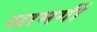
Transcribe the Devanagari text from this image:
सामगीं